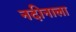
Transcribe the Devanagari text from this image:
नदीनाला